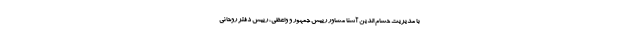
با مدیریت حسام الدین آشنا مشاور رییس جمهور و واعظی، رییس دفتر روحانی